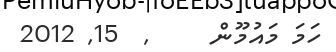
ހަމަ މައުމޫން